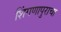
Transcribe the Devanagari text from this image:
शिंगणापुराचा